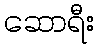
ဆောရီး